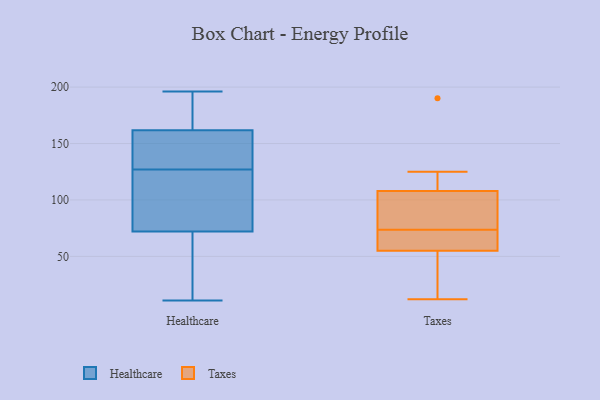
{"axis": {"x": "Revenue (USD Million)", "y": "Value"}, "legend": ["Healthcare", "Taxes"], "data": [{"x": "", "y": 109, "type": "Healthcare"}, {"x": "", "y": 184, "type": "Healthcare"}, {"x": "", "y": 106, "type": "Healthcare"}, {"x": "", "y": 140, "type": "Healthcare"}, {"x": "", "y": 11, "type": "Healthcare"}, {"x": "", "y": 129, "type": "Healthcare"}, {"x": "", "y": 196, "type": "Healthcare"}, {"x": "", "y": 127, "type": "Healthcare"}, {"x": "", "y": 161, "type": "Healthcare"}, {"x": "", "y": 196, "type": "Healthcare"}, {"x": "", "y": 71, "type": "Healthcare"}, {"x": "", "y": 59, "type": "Healthcare"}, {"x": "", "y": 181, "type": "Healthcare"}, {"x": "", "y": 26, "type": "Healthcare"}, {"x": "", "y": 77, "type": "Healthcare"}, {"x": "", "y": 68, "type": "Healthcare"}, {"x": "", "y": 75, "type": "Healthcare"}, {"x": "", "y": 154, "type": "Healthcare"}, {"x": "", "y": 162, "type": "Healthcare"}, {"x": "", "y": 125, "type": "Taxes"}, {"x": "", "y": 12, "type": "Taxes"}, {"x": "", "y": 101, "type": "Taxes"}, {"x": "", "y": 55, "type": "Taxes"}, {"x": "", "y": 190, "type": "Taxes"}, {"x": "", "y": 56, "type": "Taxes"}, {"x": "", "y": 108, "type": "Taxes"}, {"x": "", "y": 60, "type": "Taxes"}, {"x": "", "y": 87, "type": "Taxes"}, {"x": "", "y": 31, "type": "Taxes"}]}